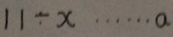
1 1 \div x \cdots a